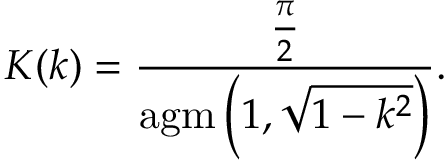
K ( k ) = { \frac { \frac { \pi } { 2 } } { \operatorname { a g m } \left( 1 , { \sqrt { 1 - k ^ { 2 } } } \right) } } .